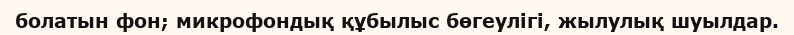
болатын фон; микрофондық құбылыс бөгеулігі, жылулық шуылдар.